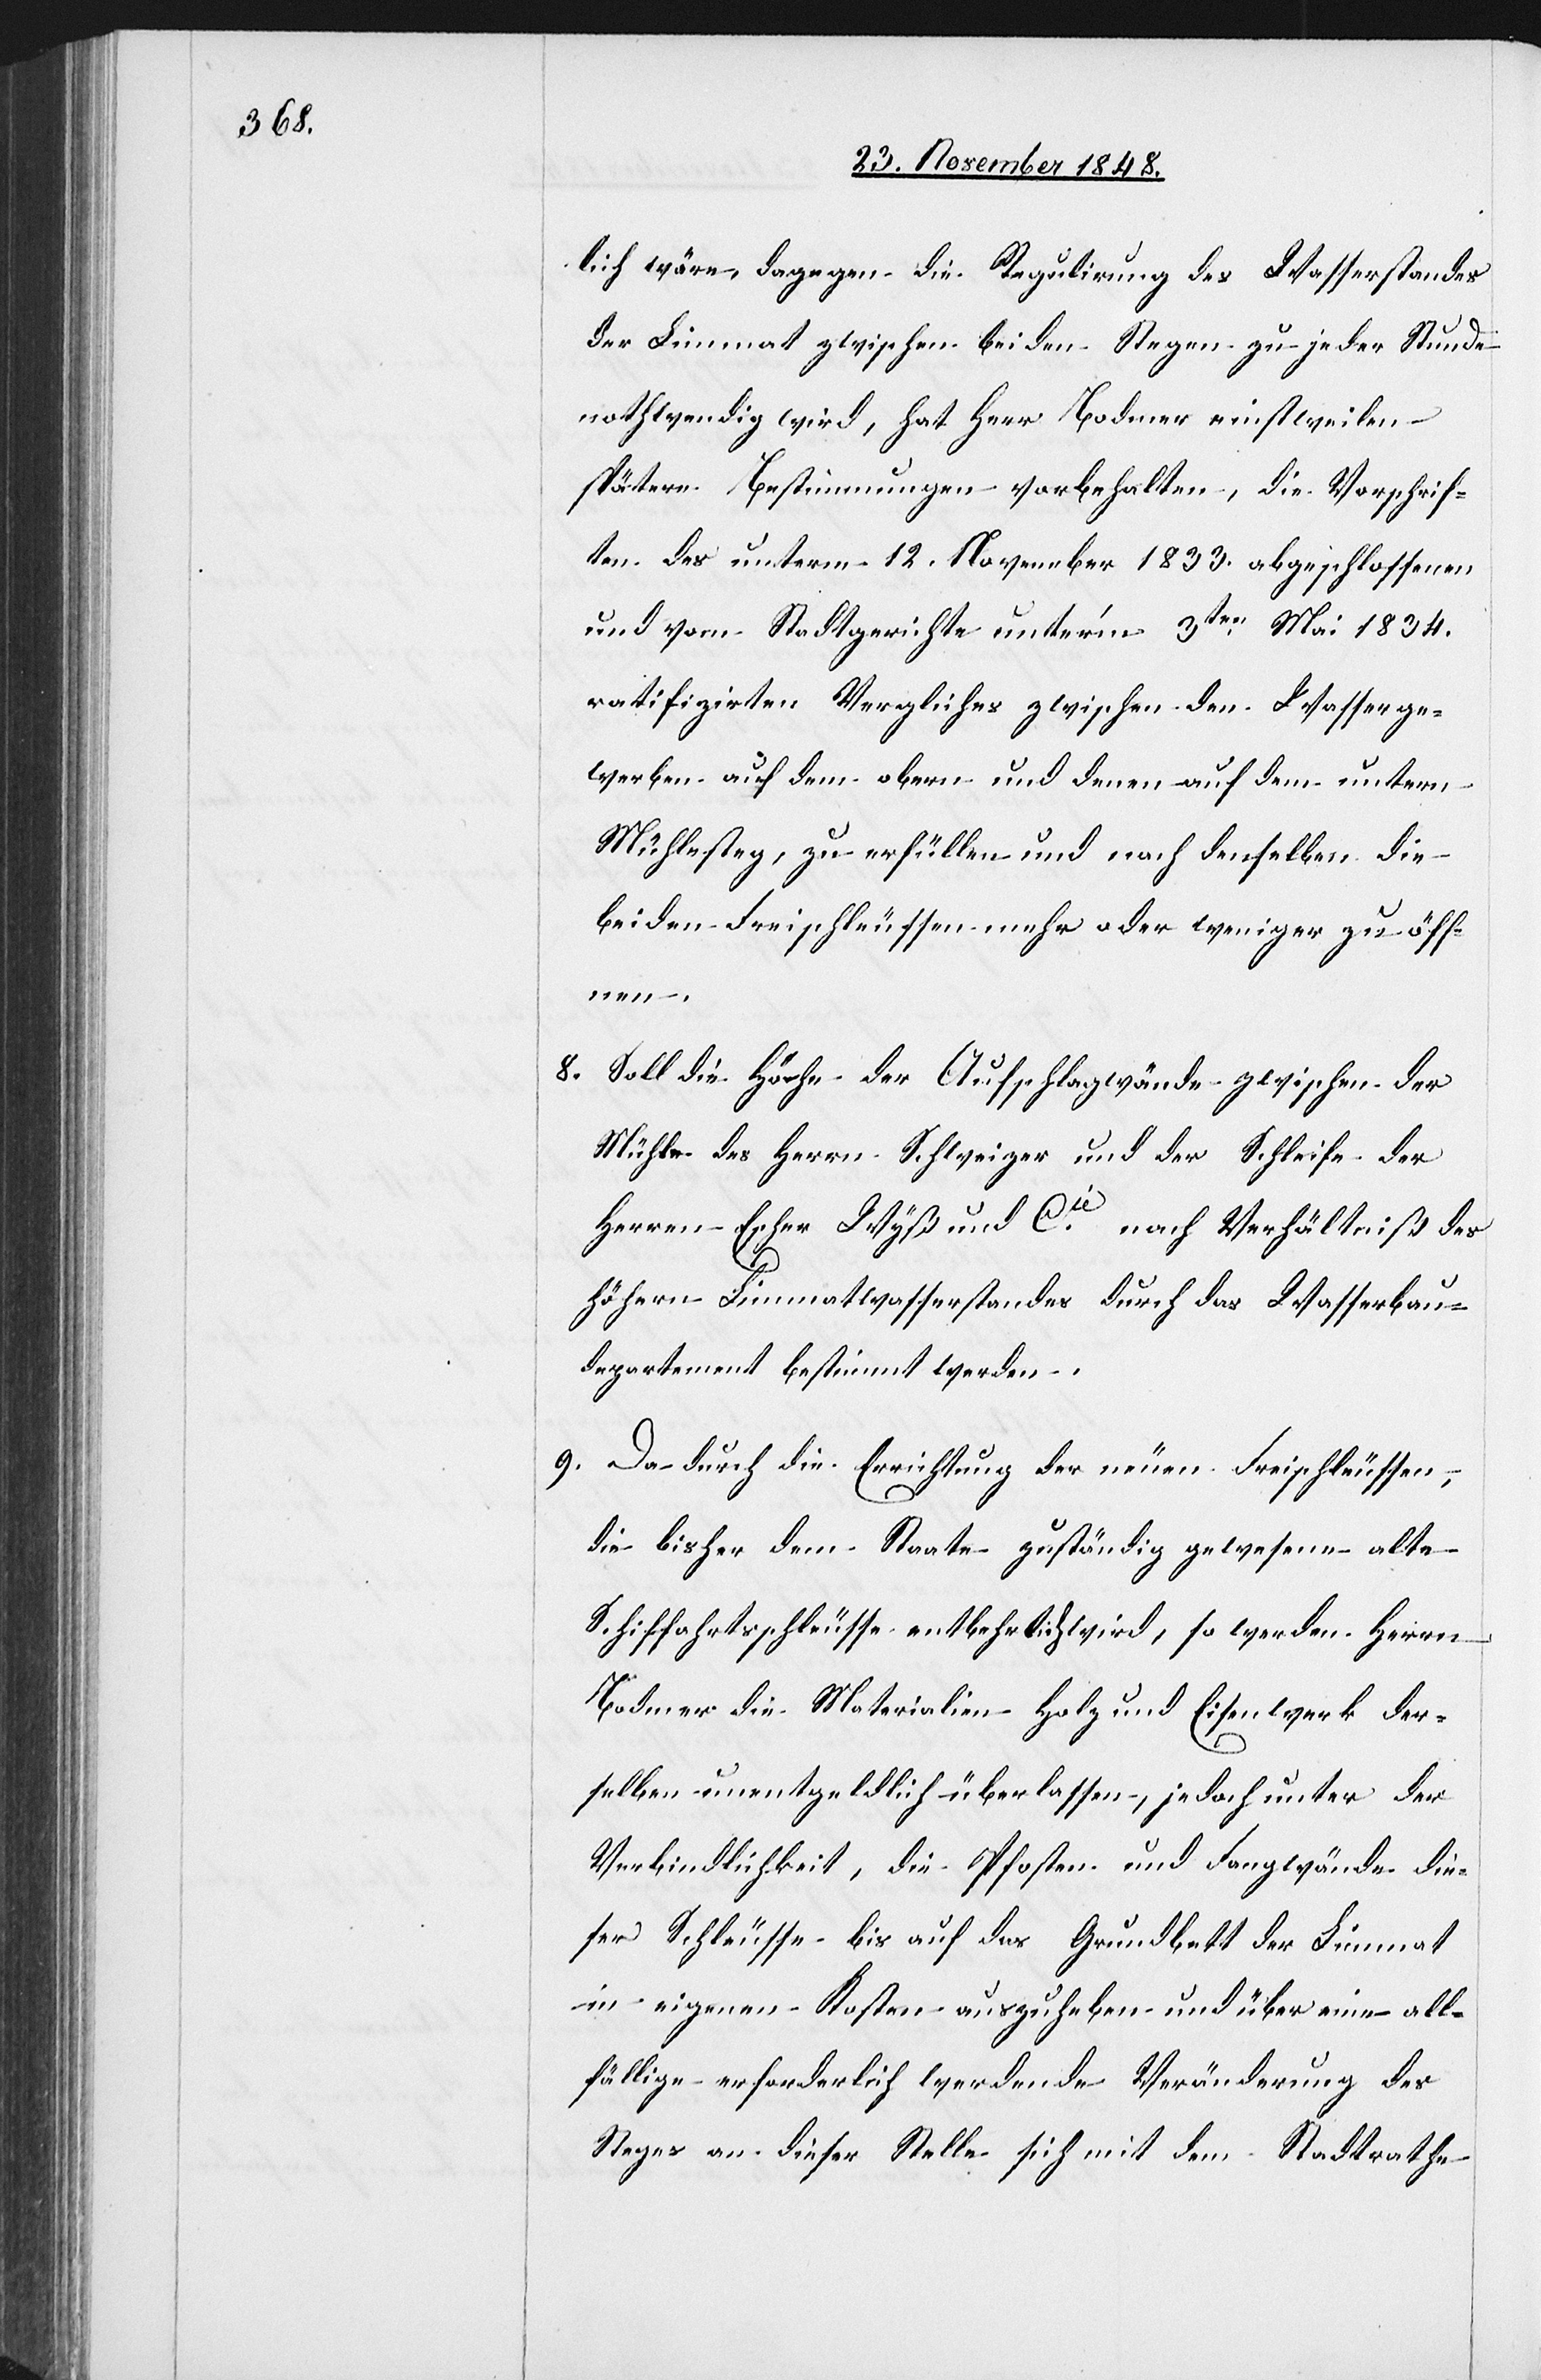
lich wäre, dagegen die Regulirung des Wasserstandes
der Limmat zwischen beiden Stegen zu jeder Stunde
nothwendig wird, hat Herr Bodmer einstweilen
spätere Bestimmungen vorbehalten, die Vorschrif¬
ten des unterm 12. November 1833. abgeschlossenen
und vom Stadtgerichte unter’m 3ten Mai 1834.
ratifizirten Vergliches zwischen den Wasserge¬
werben auf dem obern und denen auf dem untern
Mühlesteg, zu erfüllen und nach denselben die
beiden Freischleussen mehr oder weniger zu öff¬
nen.
8. Soll die Höhe der Aufschlagwände zwischen der
Mühle des Herrn Schweizer und der Schleife der
Herren Escher Wyß und Cie nach Verhältniß des
höhern Limmatwasserstandes durch das Wasserbau¬
departement bestimmt werden.
9. Da durch die Einrichtung der neuen Freischleussen,
die bisher dem Staate zuständig gewesene alte
Schiffahrtsschleusse entbehrlich wird, so werden Herrn
Bodmer die Materialien Holz und Eisenwerk der¬
selben unentgeldlich überlassen, jedoch unter der
Verbindlichkeit, die Pfosten und Fangwände die¬
ser Schleusse bis auf das Grundbett der Limmat
in eigenen Kosten auszuheben und über eine all¬
fällige erforderlich werdende Veränderung des
Steges an dieser Stelle sich mit dem Stadtrathe